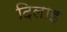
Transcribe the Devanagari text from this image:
दिलाइ